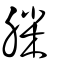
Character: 榺